Annual report on the working of the Harcourt Butler Institute of Public Health, Rangoon
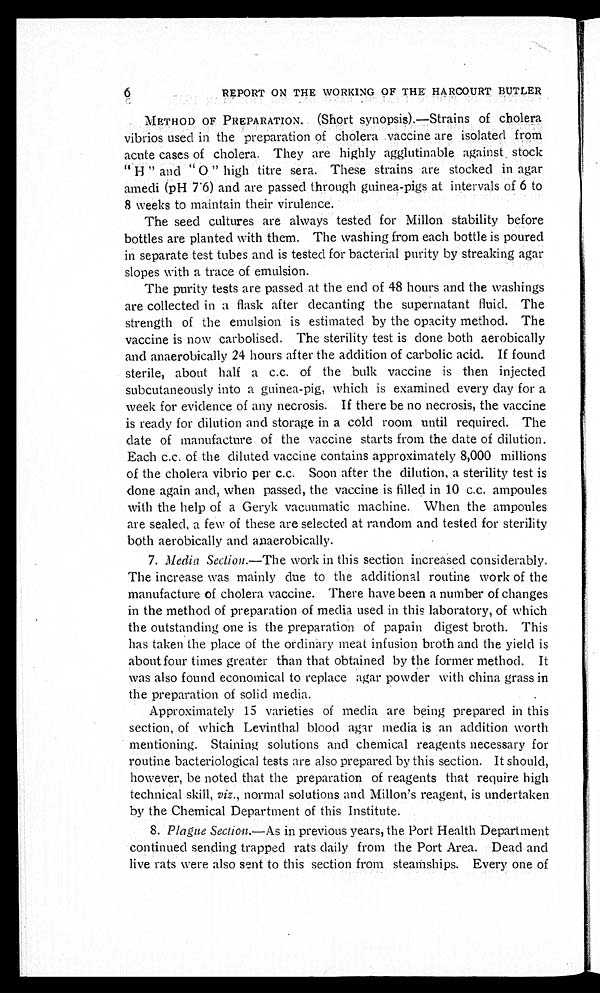
REPORT ON THE WORKING OF THE HARCOURT BUTLER
METHOD OF PREPARATION. (Short synopsis).—Strains of cholera
vibrios used in the preparation of cholera vaccine are isolated from
acute cases of cholera. They are highly agglutinable against stock
" H "
a n d " O " h i g h t i t r e s e r a . T h e s e s t r a i n s a r e s t o c k e d i n a g a r
a m e d i ( p H 7 . 6 ) a n d a r e p a s s e d t h r o u g h g u i n e a - p i g s a t i n t e r v a l s o f 6 t o
8 weeks to maintain their virulence.
The seed cultures are always tested for Millon stability before
bottles are planted with them. The washing from each bottle is poured
in separate test tubes and is tested for bacterial purity by streaking agar
slopes with a trace of emulsion.
The purity tests are passed at the end of 48 hours and the washings
are collected in a flask after decanting the supernatant fluid. The
strength of the emulsion is estimated by the opacity method. The
vaccine is now carbolised. The sterility test is done both aerobically
and anaerobically 24 hours after the addition of carbolic acid. If found
sterile, about half a c.c. of the bulk vaccine is then injected
subcutaneously into a guinea-pig, which is examined every day for a
week for evidence of any necrosis. If there be no necrosis, the vaccine
is ready for dilution and storage in a cold room until required. The
date of manufacture of the vaccine starts from the date of dilution.
Each c.c. of the diluted vaccine contains approximately 8,000 millions
of the cholera vibrio per c.c. Soon after the dilution, a sterility test is
done again and, when passed, the vaccine is filled in 10 c.c. ampoules
with the help of a Geryk vacuumatic machine. When the ampoules
are sealed, a few of these are selected at random and tested for sterility
both aerobically and anaerobically.
7.Media Section—The work in this section increased considerably.
The i ncr eas e was mai nl y due t o t he addi t i onal r out i ne wor k of t he
manufacture of cholera vaccine. There have been a number of changes
in the method of preparation of media used in this laboratory, of which
the outstanding one is the preparation of papain digest broth. This
has taken the place of the ordinary meat infusion broth and the yield is
about four times greater than that obtained by the former method. It
was also found economical to replace agar powder with china grass in
the preparation of solid media.
Approximately 15 varieties of media are being prepared in this
section, of which Levinthal blood agar media is an addition worth
mentioning. Staining solutions and chemical reagents necessary for
routine bacteriological tests are also prepared by this section. It should,
however, be noted that the preparation of reagents that require high
technical skill, viz., nor mal sol ut i ons and Mi l l on' s r eagent , i s under t aken
by the Chemical Department of this Institute.
8.Plague Section.—As in previous years, the Port Health Department
continued sending trapped rats daily from the Port Area. Dead and
live rats were also sent to this section from steamships. Every one of